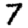
Digit: 7